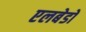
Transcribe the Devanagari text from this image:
एलबेडो